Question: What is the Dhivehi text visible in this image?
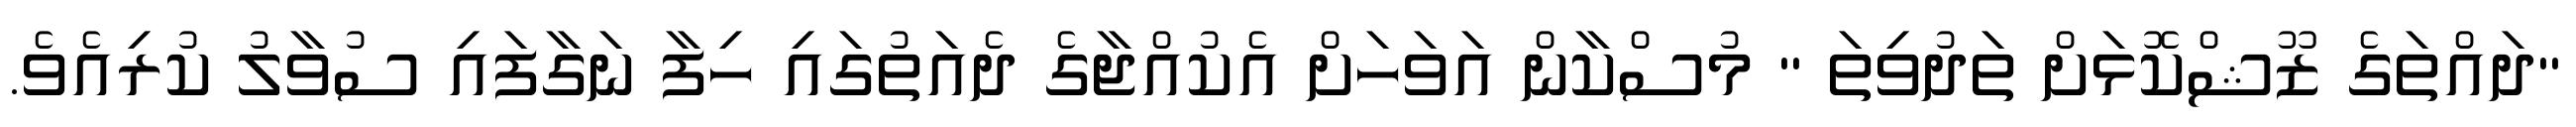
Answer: "ދައްތަގެ ޒޫޝްކޮޅަށް ތަދުވިތަ " މުސްކާން އަވަހަށް އެކުއްޖާގެ ދެއަތުގައި ހިފާ ނަގާފައި ސުވާލު ކުރިއެވެ.